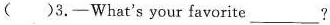
( ) 3. —— hat's your favorite ___?